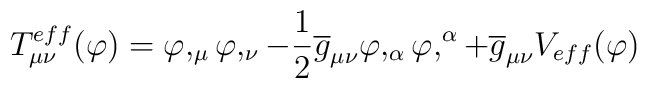
T_{\mu\nu}^{eff}(\varphi)=\varphi,_{\mu}\varphi,_{\nu}-\frac{1}{2}\overline{g}_{\mu\nu}\varphi,_{\alpha}\varphi,^{\alpha}+\overline{g}_{\mu\nu}V_{eff}(\varphi)